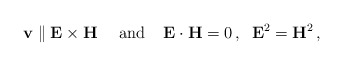
\begin{align*} \mathbf{v}\parallel \mathbf{E}\times\mathbf{H}\,\;\;\;\; {\rm and}\;\;\;\;\mathbf{E}\cdot \mathbf{H}=0\,,\;\;\mathbf{E}^2=\mathbf{H}^2\,,\end{align*}